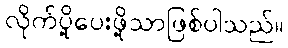
လိုက်ပို့ပေးဖို့သာဖြစ်ပါသည်။